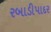
રબાડીપાદર